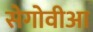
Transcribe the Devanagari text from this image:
सेगोवीआ